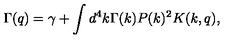
\Gamma ( q ) = \gamma + \int d ^ { 4 } k \Gamma ( k ) P ( k ) ^ { 2 } K ( k , q ) ,